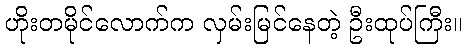
ဟိုးတမိုင်လောက်က လှမ်းမြင်နေတဲ့ ဦးထုပ်ကြီး။